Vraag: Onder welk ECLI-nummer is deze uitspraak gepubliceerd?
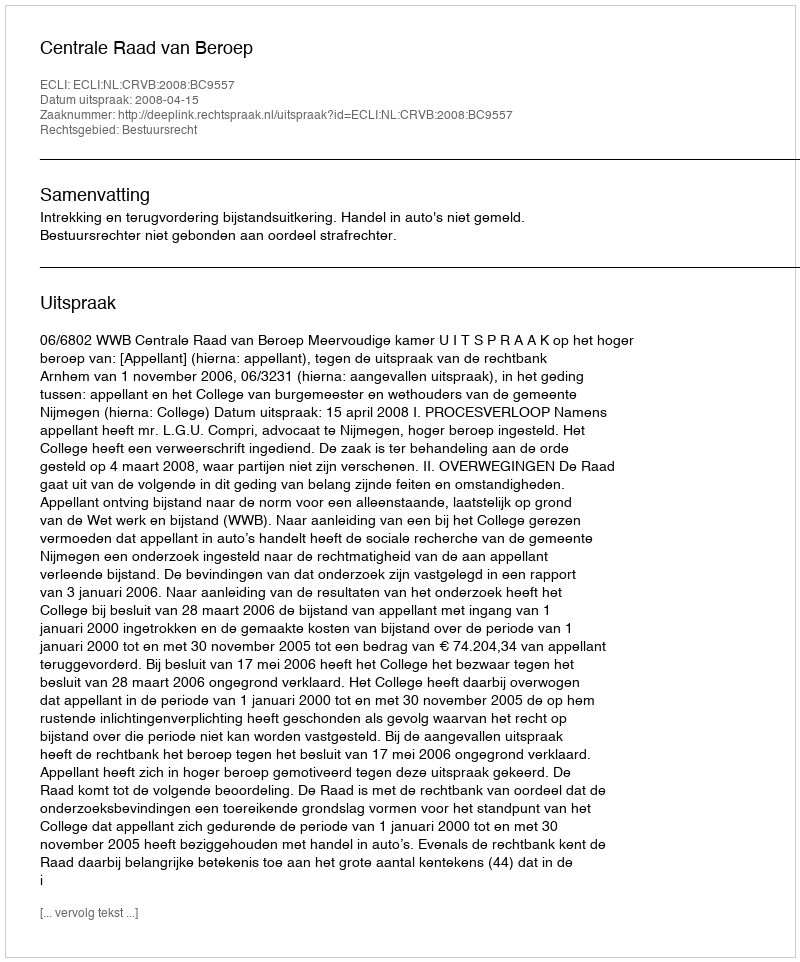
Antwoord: ECLI:NL:CRVB:2008:BC9557